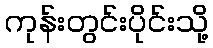
ကုန်းတွင်းပိုင်းသို့